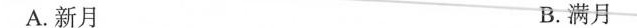
A.新月 B.满月